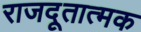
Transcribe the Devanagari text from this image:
राजदूतात्मक